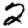
Digit: 2